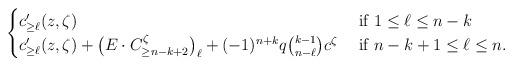
LaTeX: \begin{align*}\begin{cases} c'_{\ge \ell}(z,\zeta) & \textrm{ if } 1 \leq \ell \leq n-k \\ c'_{\ge \ell}(z,\zeta) + \bigl(E\cdot C^\zeta_{\ge n-k+2}\bigr)_\ell + (-1)^{n+k} q \binom{k-1}{n-\ell} c^\zeta &\textrm{ if } n-k+1 \le \ell \le n \/. \end{cases}\end{align*}